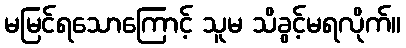
မမြင်ရသောကြောင့် သူမ သိခွင့်မရလိုက်။